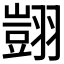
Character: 𦒀